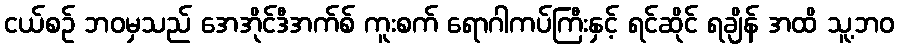
ငယ်စဉ် ဘဝမှသည် အေအိုင်ဒီအက်စ် ကူးစက် ရောဂါကပ်ကြီးနှင့် ရင်ဆိုင် ရချိန် အထိ သူ့ဘဝ